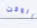
الوقت